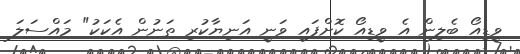
ވީޑިއޯ ބެލިން އެ ވީޑިއޯ ކޮށްފައި ވަނީ އަނިޔާކުރި ތަނުން އެކަކު" މައްސަލަ